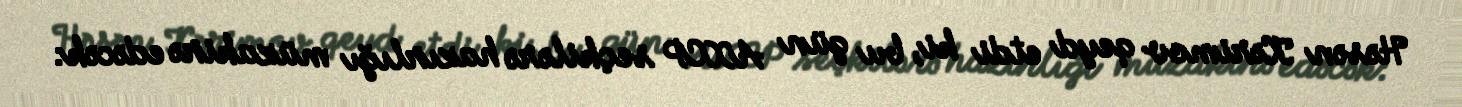
Həsən Kərimov qeyd etdi ki, bu gün AXCP seçkilərə hazırlığı müzakirə edəcək: